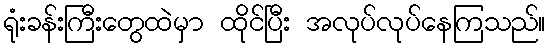
ရုံးခန်းကြီးတွေထဲမှာ ထိုင်ပြီး အလုပ်လုပ်နေကြသည်။